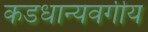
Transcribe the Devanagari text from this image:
कडधान्यवर्गीय